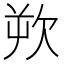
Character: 欮